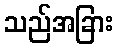
သည်အခြား